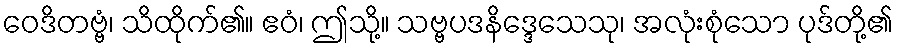
ဝေဒိတဗ္ဗံ၊ သိထိုက်၏။ ဧဝံ၊ ဤသို့။ သဗ္ဗပဒနိဒ္ဒေသေသု၊ အလုံးစုံသော ပုဒ်တို့၏